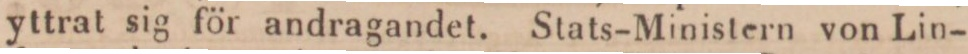
yttrat sig för andragandet. Stats-Ministern von Lin-